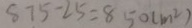
8 7 5 - 2 5 = 8 5 0 ( m ^ { 2 } )